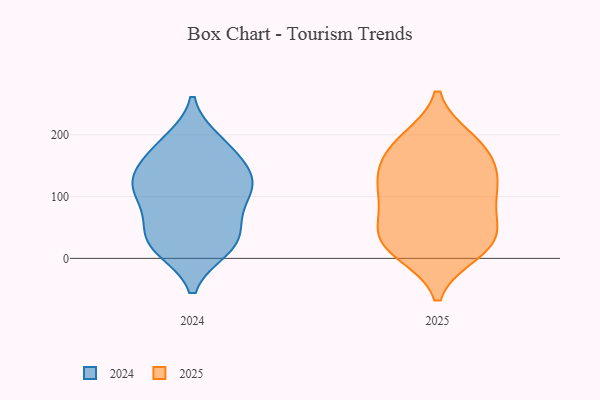
{"axis": {"x": "Population (Million)", "y": "Value"}, "legend": ["2024", "2025"], "data": [{"x": "", "y": 189, "type": "2024"}, {"x": "", "y": 55, "type": "2024"}, {"x": "", "y": 170, "type": "2024"}, {"x": "", "y": 111, "type": "2024"}, {"x": "", "y": 28, "type": "2024"}, {"x": "", "y": 23, "type": "2024"}, {"x": "", "y": 118, "type": "2024"}, {"x": "", "y": 184, "type": "2024"}, {"x": "", "y": 16, "type": "2024"}, {"x": "", "y": 97, "type": "2024"}, {"x": "", "y": 20, "type": "2024"}, {"x": "", "y": 109, "type": "2024"}, {"x": "", "y": 59, "type": "2024"}, {"x": "", "y": 125, "type": "2024"}, {"x": "", "y": 134, "type": "2024"}, {"x": "", "y": 149, "type": "2024"}, {"x": "", "y": 10, "type": "2025"}, {"x": "", "y": 188, "type": "2025"}, {"x": "", "y": 20, "type": "2025"}, {"x": "", "y": 59, "type": "2025"}, {"x": "", "y": 108, "type": "2025"}, {"x": "", "y": 20, "type": "2025"}, {"x": "", "y": 24, "type": "2025"}, {"x": "", "y": 192, "type": "2025"}, {"x": "", "y": 160, "type": "2025"}, {"x": "", "y": 180, "type": "2025"}, {"x": "", "y": 65, "type": "2025"}, {"x": "", "y": 128, "type": "2025"}, {"x": "", "y": 109, "type": "2025"}, {"x": "", "y": 144, "type": "2025"}, {"x": "", "y": 111, "type": "2025"}, {"x": "", "y": 44, "type": "2025"}]}